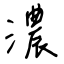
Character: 濃